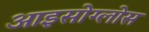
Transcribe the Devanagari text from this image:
आइसोग्लोस